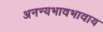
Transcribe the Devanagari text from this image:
अनन्यभावभावाय